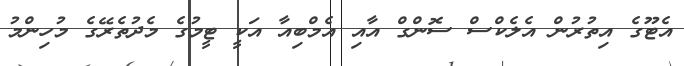
އެޓޫގެ އިތުރުން އެލެކްސް ސޮންގް އާއި އެމްބިއާ އަކީ ޓީމުގެ މެދުތެރޭގެ މުހިންމު